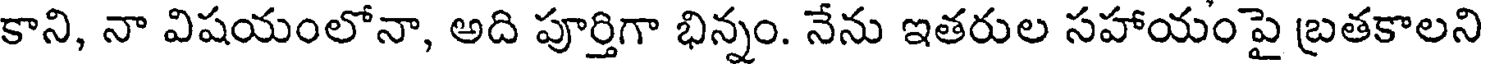
కాని, నా విషయంలోనా, అది పూర్తిగా భిన్నం. నేను ఇతరుల సహాయంపై బ్రతకాలని